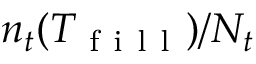
n _ { t } ( T _ { \mathrm { ~ f ~ i ~ l ~ l ~ } } ) / N _ { t }